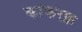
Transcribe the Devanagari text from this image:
कांकरफ़